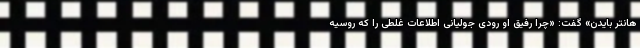
هانتر بایدن» گفت: «چرا رفیق او رودی جولیانی اطلاعات غلطی را که روسیه